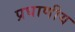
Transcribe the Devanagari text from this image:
प्रघाणीय